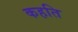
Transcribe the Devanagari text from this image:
कहति